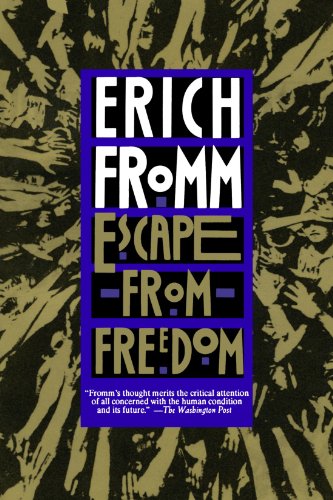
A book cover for Escape from Freedom; Erich Fromm; Medical Books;